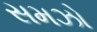
સમઝો